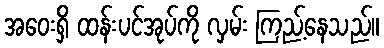
အဝေးရှိ ထန်းပင်အုပ်ကို လှမ်း ကြည့်နေသည်။